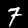
Digit: 7